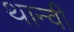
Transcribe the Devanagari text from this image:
थान्वी